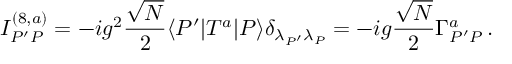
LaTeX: I _ { P ^ { \prime } P } ^ { ( 8 , a ) } = - i g ^ { 2 } \frac { \sqrt N } { 2 } \langle P ^ { \prime } | T ^ { a } | P \rangle \delta _ { { \lambda _ { P ^ { \prime } } } { \lambda _ { P } } } = - i g \frac { \sqrt N } { 2 } \Gamma _ { P ^ { \prime } P } ^ { a } \, .